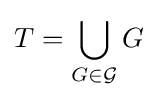
T=\bigcup _{G\in {\mathcal {G}}}G